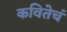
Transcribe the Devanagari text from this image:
कवितेचं